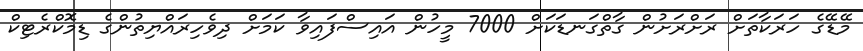
މޭޑޭގެ ހަރަކާތަށް ރަށްރަށުން ގާތްގަނޑަކަށް 7000 މީހުން އައިސްފައިވާ ކަމަށް ދިވެހިރައްޔިތުންގެ ޑިމޮކްރެޓިކް